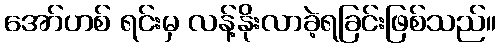
အော်ဟစ် ရင်းမှ လန့်နိုးလာခဲ့ရခြင်းဖြစ်သည်။